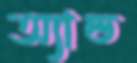
অ্যান্ড